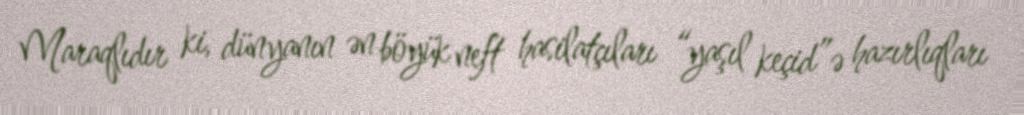
Maraqlıdır ki, dünyanın ən böyük neft hasilatçıları “yaşıl keçid”ə hazırlıqları